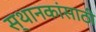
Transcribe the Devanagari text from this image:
स्थानकांसाठी